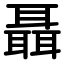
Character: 聶